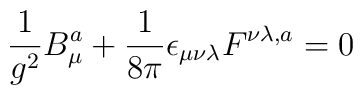
\frac{1}{g^{2}} B^{a}_{\mu} + \frac{1}{8\pi}\epsilon_{\mu\nu\lambda}F^{\nu\lambda, a} = 0